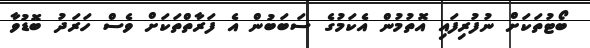
ބޯޓުތަކަށް ނުފުރިފައި އޮތުމުން އެކަމުގެ ސަބަބުން އެ ފަރާތްތަކަށް ވެސް ހަރަދު ބޮޑުވާ